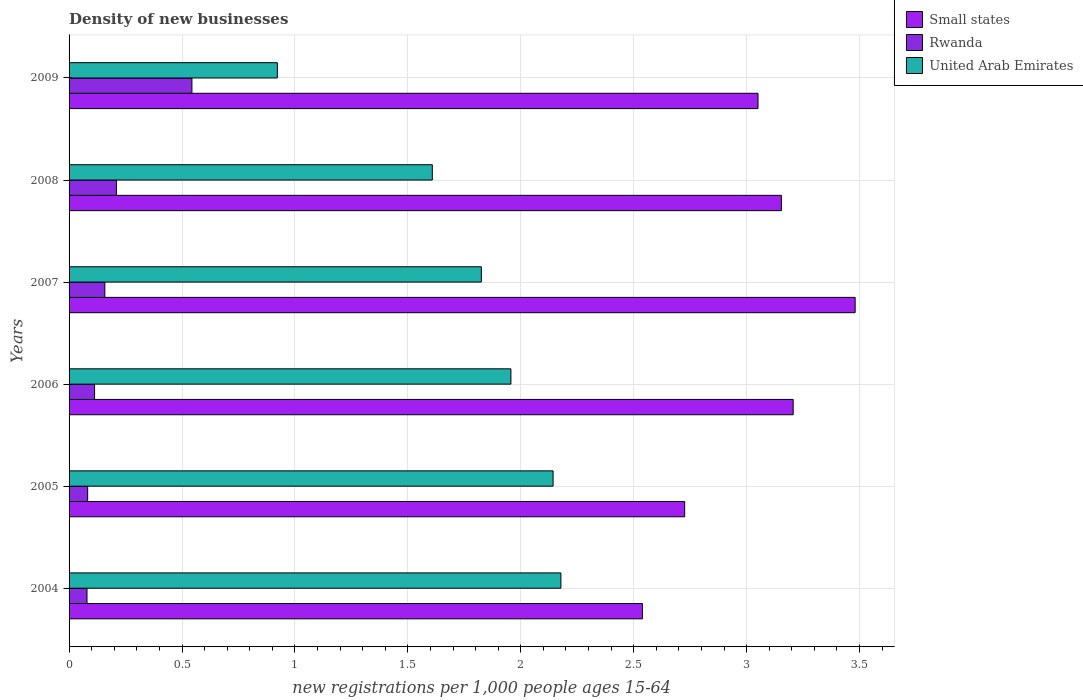
| Years | Small states | Rwanda | United Arab Emirates |
 | --- | --- | --- | --- |
 | 2004 | 2.54 | 0.0794 | 2.18 |
 | 2005 | 2.73 | 0.0823 | 2.14 |
 | 2006 | 3.21 | 0.113 | 1.96 |
 | 2007 | 3.48 | 0.158 | 1.83 |
 | 2008 | 3.15 | 0.21 | 1.61 |
 | 2009 | 3.05 | 0.544 | 0.922 |